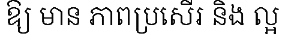
ឱ្យ មាន ភាពប្រសើរ និង ល្អ